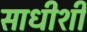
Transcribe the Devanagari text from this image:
साधीशी